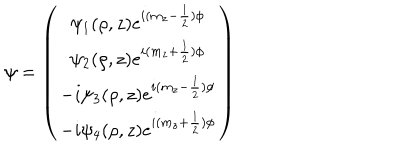
\psi = \left( \begin{matrix} { { { \psi _ { 1 } } ( \rho , z ) { e } ^ { i ( m _ { z } - { \frac { 1 } { 2 } } ) \phi } } } \\ { { { \psi _ { 2 } } ( \rho , z ) { e } ^ { i ( m _ { z } + { \frac { 1 } { 2 } } ) \phi } } } \\ { { - i { \psi _ { 3 } } ( \rho , z ) { e } ^ { i ( m _ { z } - { \frac { 1 } { 2 } } ) \phi } } } \\ { { - i { \psi _ { 4 } } ( \rho , z ) { e } ^ { i ( m _ { z } + { \frac { 1 } { 2 } } ) \phi } } } \\ \end{matrix} \right)